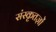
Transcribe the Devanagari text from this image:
संस्कृतज्ञों